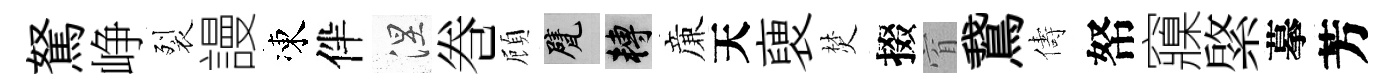
駑峥裂謾凍伴涅巻頋甓轉亷天褏焚掇窅鵞儔帑䆿綮摹芳